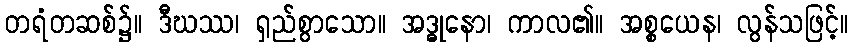
တရံတဆစ်၌။ ဒီဃဿ၊ ရှည်စွာသော။ အဒ္ဓုနော၊ ကာလ၏။ အစ္စယေန၊ လွန်သဖြင့်။